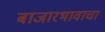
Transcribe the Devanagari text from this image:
बाजारभावाचा